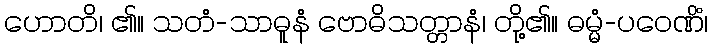
ဟောတိ၊ ၏။ သတံ-သာဓူနံ ဗောဓိသတ္တာနံ၊ တို့၏။ ဓမ္မံ-ပဝေဏိံ၊